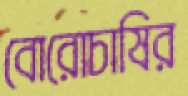
বোরোচাষির